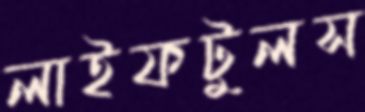
লাইফটুলস